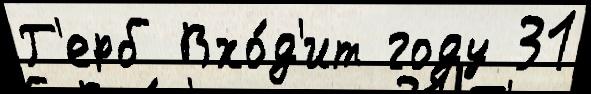
Г'ерб Вхо́д'ит году 31